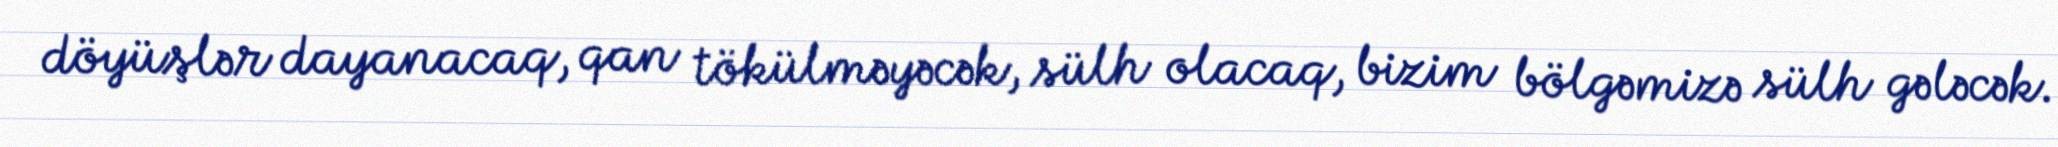
döyüşlər dayanacaq, qan tökülməyəcək, sülh olacaq, bizim bölgəmizə sülh gələcək.